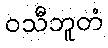
ဝသီဘူတံ